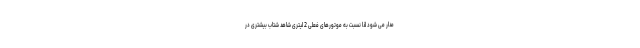
مدار می شود لذا نسبت به موتورهای فعلی 2 لیتری شاهد شتاب بیشتری در